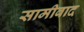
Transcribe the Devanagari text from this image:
सामीवाद